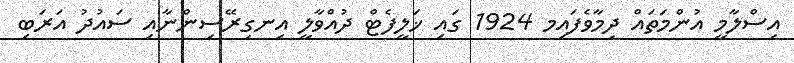
އިސްލާމީ އުންމަތައް ދިމާވެފައިމ 1924 ގައި ޚަލީފެޓް ދުއްވާލީ އިނގިރޭސިންނާއި ސައުދު އަރަބި